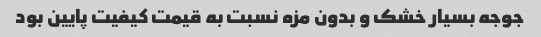
جوجه بسیار خشک و بدون مزه نسبت به قیمت کیفیت پایین بود